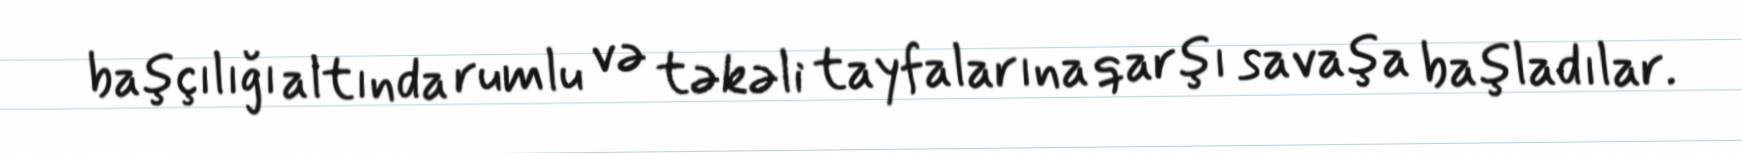
başçılığı altında rumlu və təkəli tayfalarına qarşı savaşa başladılar.